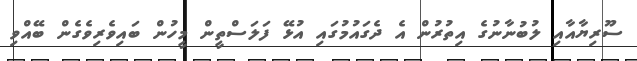
ސޫރިޔާއާއި ލުބުނާނުގެ އިތުރުން އެ ދެގައުމުގައި އުޅޭ ފަލަސްތީން މީހުން ބައިވެރިވެގެން ބޭއްވި